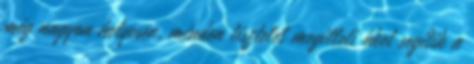
még nagyon helyesen, minden tisztelet megilleti őket segítik a